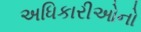
અધિકારીઓનો